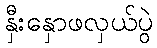
နှီးနှောဖလှယ်ပွဲ